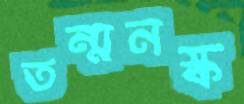
তন্মনস্ক